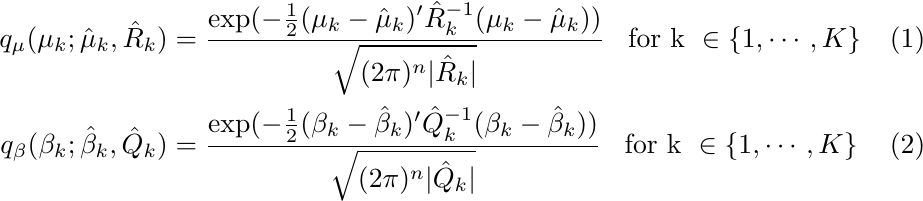
\begin{align}
\label{qmu1}
q_\mu(\mu_k ; \hat{\mu}_k, \hat{R}_k) & =  \frac{\text{exp}(-\frac{1}{2}(\mu_k-\hat{\mu}_k)'\hat{R}_k^{-1}(\mu_k-\hat{\mu}_k))}{\sqrt{(2 \pi)^n|\hat{R}_{k}|}} \; \; \; \text{for  k } \in \{1,\cdots,K\} \\
\label{qbeta1}
q_\beta(\beta_k ; \hat{\beta}_k, \hat{Q}_k) & =  \frac{\text{exp}(-\frac{1}{2}(\beta_k-\hat{\beta}_k)'\hat{Q}_k^{-1}(\beta_k-\hat{\beta}_k))}{\sqrt{(2 \pi)^n|\hat{Q}_{k}|}} \; \; \; \text{for  k } \in \{1,\cdots,K\}
\end{align}